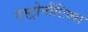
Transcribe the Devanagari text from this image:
एस्ट्रोनौटिक्स